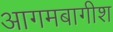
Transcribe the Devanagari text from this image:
आगमबागीश